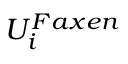
U _ { i } ^ { F a x e n }